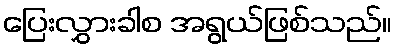
ပြေးလွှားခါစ အရွယ်ဖြစ်သည်။